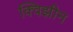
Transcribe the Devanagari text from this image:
क्विझीन